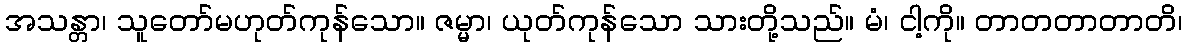
အသန္တာ၊ သူတော်မဟုတ်ကုန်သော။ ဇမ္မာ၊ ယုတ်ကုန်သော သားတို့သည်။ မံ၊ ငါ့ကို။ တာတတာတာတိ၊